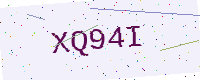
Text: XQ94I